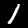
Label: 1